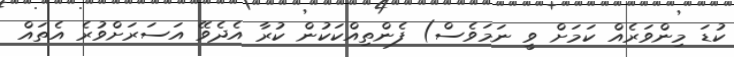
ކުޑަ މިންވަރެއް ކަމަށް ވީ ނަމަވެސް) ފެންތިއްކަކުން ކުރާ އެދެވޭ އަސަރަށްވުރެ އެތައް